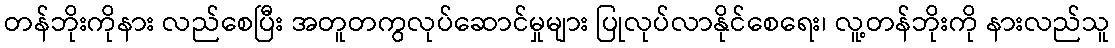
တန်ဘိုးကိုနား လည်စေပြီး အတူတကွလုပ်ဆောင်မှုများ ပြုလုပ်လာနိုင်စေရေး၊ လူ့တန်ဘိုးကို နားလည်သူ